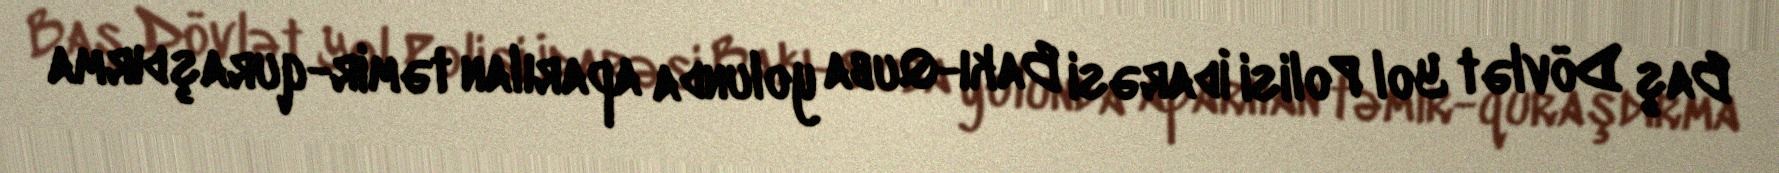
Baş Dövlət Yol Polisi İdarəsi Bakı-Quba yolunda aparılan təmir-quraşdırma